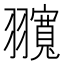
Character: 𦒨